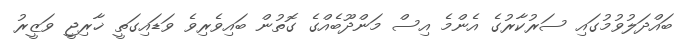
ބައްދަލުވުމުގައި ސަރުކާރުގެ އެންމެ އިސް މަންދޫބެއްގެ ގޮތުން ބައިވެރިވެ ވަޑައިގަތީ ޚާރިޖީ ވަޒީރު